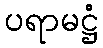
ပရာမဋ္ဌံ